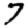
Digit: 7